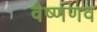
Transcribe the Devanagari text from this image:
वैष्णणव